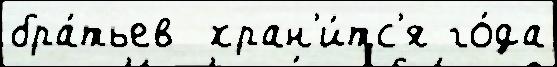
бра́тьев  хран'и́тс'я го́да